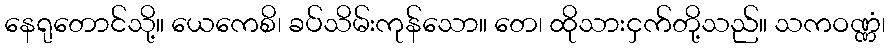
နေရုတောင်သို့။ ယေကေစိ၊ ခပ်သိမ်းကုန်သော။ တေ၊ ထိုသားငှက်တို့သည်။ သကဝဏ္ဏံ၊